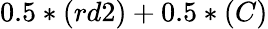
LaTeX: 0.5*(rd2)+0.5*(C)